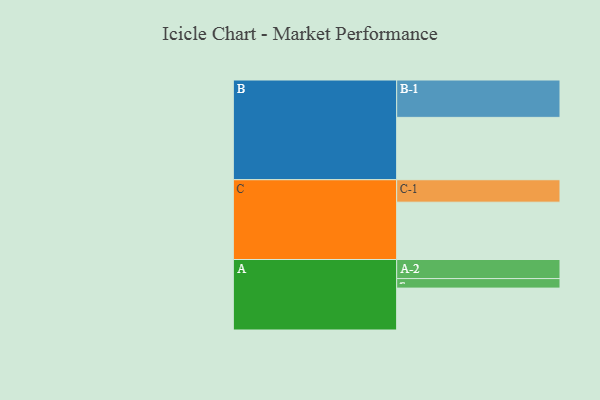
{"axis": {"x": "Segment", "y": "Value"}, "legend": ["", "A", "B", "C"], "data": [{"x": "A", "y": 334, "type": ""}, {"x": "B", "y": 497, "type": ""}, {"x": "C", "y": 457, "type": ""}, {"x": "A-1", "y": 76, "type": "A"}, {"x": "A-2", "y": 152, "type": "A"}, {"x": "B-1", "y": 298, "type": "B"}, {"x": "C-1", "y": 179, "type": "C"}]}